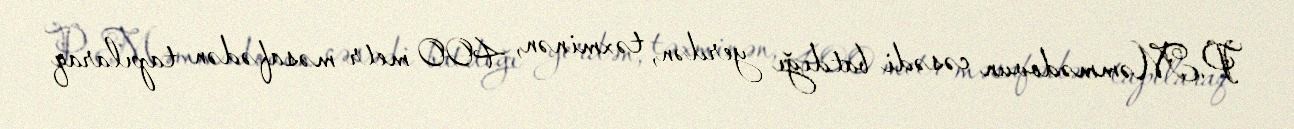
P.Məmmədovun cəsədi batdığı yerdən, təxminən, 400 metr məsafədən tapılaraq